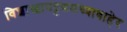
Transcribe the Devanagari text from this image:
विशाखापट्टणमच्याबाहेर